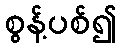
စွန့်ပစ်၍